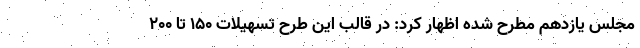
مجلس یازدهم مطرح شده اظهار کرد: در قالب این طرح تسهیلات‌ ۱۵۰ تا ۲۰۰